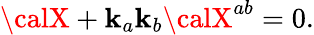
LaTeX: {\calX}+\mathbf{k}_{a}\mathbf{k}_{b}{\calX}^{ab}=0.